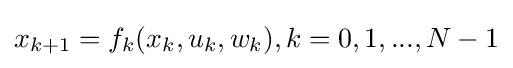
x_{k+1}=f_{k}(x_{k},u_{k},w_{k}),k=0,1,...,N-1